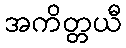
အကိတ္တယီ